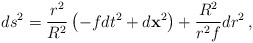
\begin{align*}ds^2 = {r^2\over R^2} \left( - f dt^2 + d{\bf x}^2\right)+ {R^2\over r^2 f } d r^2 \,, \end{align*}